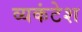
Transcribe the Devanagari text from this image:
व्यकंटेश